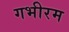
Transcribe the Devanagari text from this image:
गभीरम